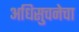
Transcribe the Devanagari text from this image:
अधिसुचनेचा